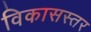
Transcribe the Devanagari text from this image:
विकासस्तर